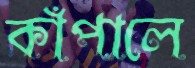
কাঁপালে